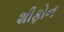
શીફોન